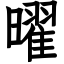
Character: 曜